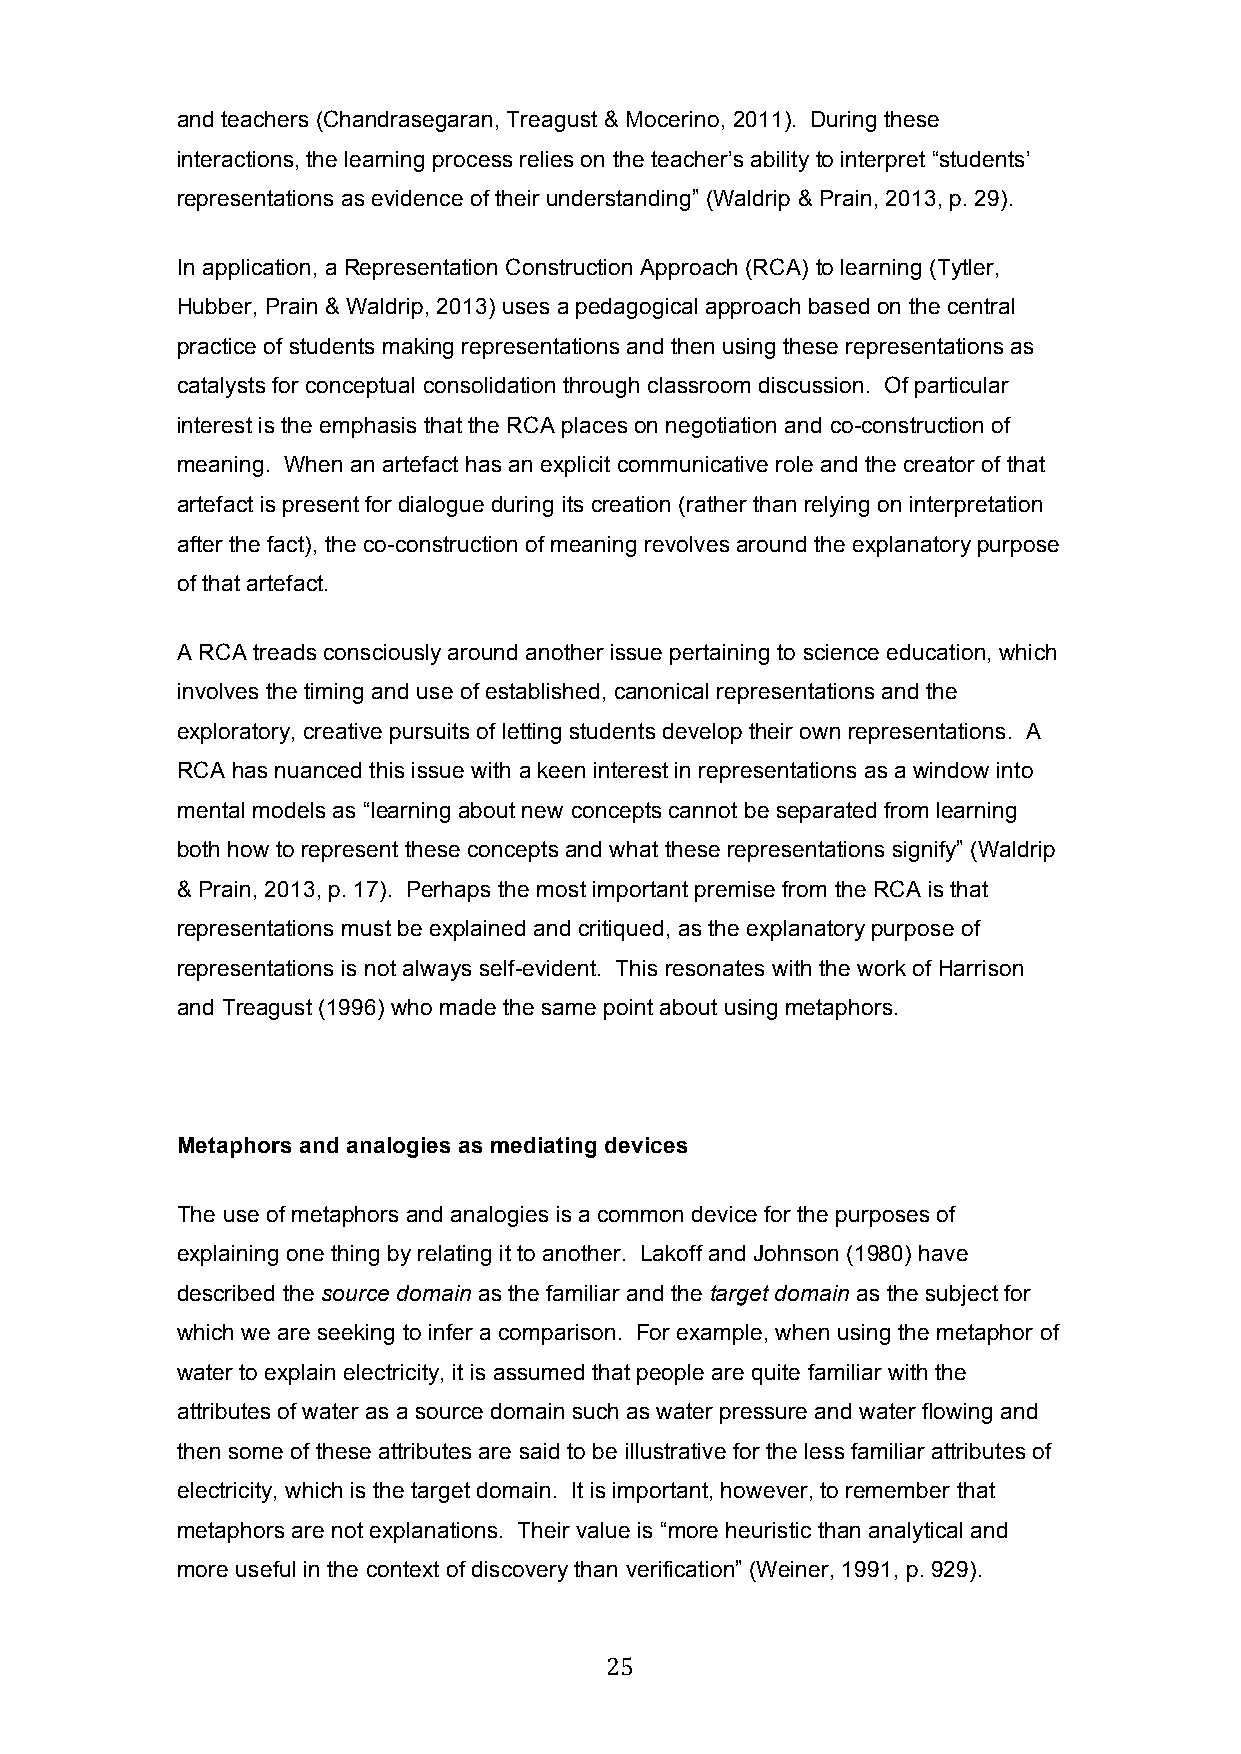
and teachers (Chandrasegaran, Treagust & Mocerino, 2011). During these
 interactions, the learning process relies on the teacher’s ability to interpret “students’
 representations as evidence of their understanding” (Waldrip & Prain, 2013, p. 29).
 In application, a Representation Construction Approach (RCA) to learning (Tytler,
 Hubber, Prain & Waldrip, 2013) uses a pedagogical approach based on the central
 practice of students making representations and then using these representations as
 catalysts for conceptual consolidation through classroom discussion. Of particular
 interest is the emphasis that the RCA places on negotiation and co-construction of
 meaning. When an artefact has an explicit communicative role and the creator of that
 artefact is present for dialogue during its creation (rather than relying on interpretation
 after the fact), the co-construction of meaning revolves around the explanatory purpose
 of that artefact.
 A RCA treads consciously around another issue pertaining to science education, which
 involves the timing and use of established, canonical representations and the
 exploratory, creative pursuits of letting students develop their own representations. A
 RCA has nuanced this issue with a keen interest in representations as a window into
 mental models as “learning about new concepts cannot be separated from learning
 both how to represent these concepts and what these representations signify” (Waldrip
 & Prain, 2013, p. 17). Perhaps the most important premise from the RCA is that
 representations must be explained and critiqued, as the explanatory purpose of
 representations is not always self-evident. This resonates with the work of Harrison
 and Treagust (1996) who made the same point about using metaphors.
 Metaphors and analogies as mediating devices
 The use of metaphors and analogies is a common device for the purposes of
 explaining one thing by relating it to another. Lakoff and Johnson (1980) have
 described the source domain as the familiar and the target domain as the subject for
 which we are seeking to infer a comparison. For example, when using the metaphor of
 water to explain electricity, it is assumed that people are quite familiar with the
 attributes of water as a source domain such as water pressure and water flowing and
 then some of these attributes are said to be illustrative for the less familiar attributes of
 electricity, which is the target domain. It is important, however, to remember that
 metaphors are not explanations. Their value is “more heuristic than analytical and
 more useful in the context of discovery than verification” (Weiner, 1991, p. 929).
 25